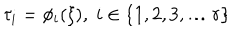
\tau _ { i } = \phi _ { i } ( \xi ) , \; i \in \{ 1 , 2 , 3 , \ldots r \}